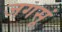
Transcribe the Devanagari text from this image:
जगसूं